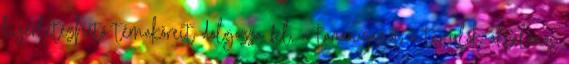
kísérletezhető témaköreit dolgozza fel, a tananyagot a tanulók általános